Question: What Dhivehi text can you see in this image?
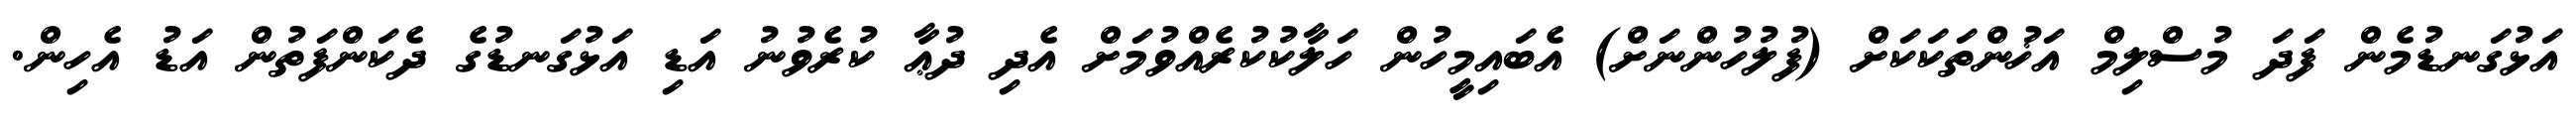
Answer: އަޅުގަނޑުމެން ފަދަ މުސްލިމް އަޚުންތަކަކަށް (ފުލުހުންނަށް) އެބައިމީހުން ހަލާކުކުރެއްވުމަށް އެދި ދުޢާ ކުރެވުނު އަޑި އަޅުގަނޑުގެ ދެކަންފަތުން އަޑު އެހިން.